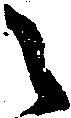
々